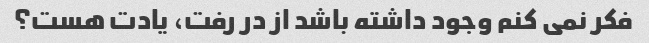
فکر نمی کنم وجود داشته باشد از در رفت، یادت هست؟